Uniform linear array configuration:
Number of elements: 8
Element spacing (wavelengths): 0.5
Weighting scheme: hamming
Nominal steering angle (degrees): -60
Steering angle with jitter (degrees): -58.904
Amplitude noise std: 0.05
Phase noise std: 0.05

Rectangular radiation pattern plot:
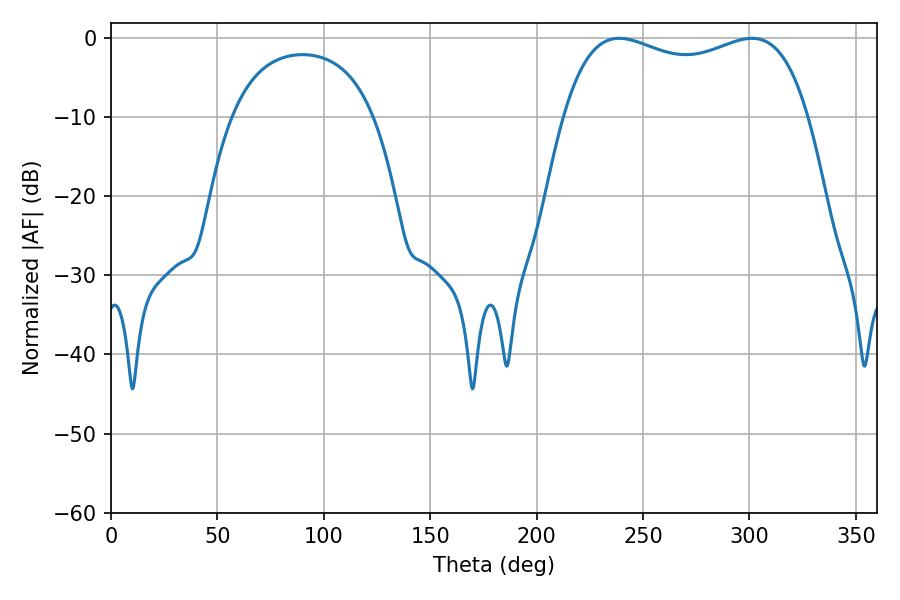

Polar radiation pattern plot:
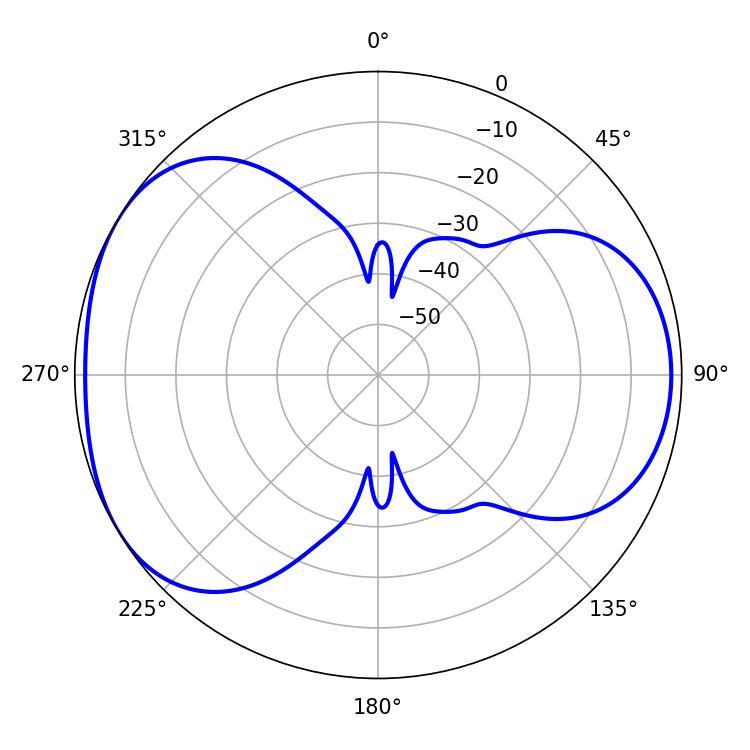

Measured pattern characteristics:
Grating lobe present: FALSE
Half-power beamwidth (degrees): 94.32
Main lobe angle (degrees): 238.86